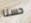
حسنا